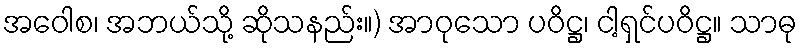
အဝေါစ၊ အဘယ်သို့ ဆိုသနည်း။) အာဝုသော ပဝိဋ္ဌ၊ ငါ့ရှင်ပဝိဋ္ဌ။ သာဓု